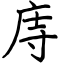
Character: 庤